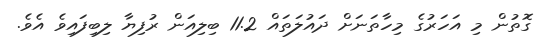
ގޮތުން މި އަހަރުގެ މިހާތަނަށް ދައުލަތައް 11.2 ބިލިއަން ރުފިޔާ ލިބިފައިވެ އެވެ.